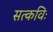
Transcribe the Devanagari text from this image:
सत्कविः